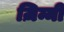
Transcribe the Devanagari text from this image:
ज़िम्मी